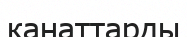
канаттарды